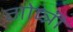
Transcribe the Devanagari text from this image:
गोप्त्री